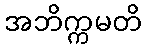
အဘိက္ကမတိ